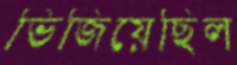
ভিজিয়েছিল